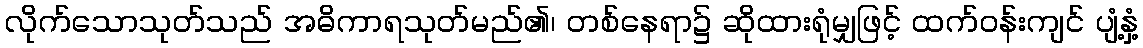
လိုက်သောသုတ်သည် အဓိကာရသုတ်မည်၏၊ တစ်နေရာ၌ ဆိုထားရုံမျှဖြင့် ထက်ဝန်းကျင် ပျံ့နှံ့